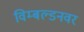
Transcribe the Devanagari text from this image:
विम्बल्डनवर